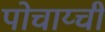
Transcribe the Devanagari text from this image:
पोचाय्ची